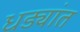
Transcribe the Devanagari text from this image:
धड्यांत